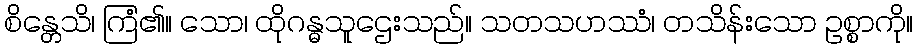
စိန္တေသိ၊ ကြံ၏။ သော၊ ထိုဂန္ဓသူဌေးသည်။ သတသဟဿံ၊ တသိန်းသော ဥစ္စာကို။